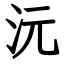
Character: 沅